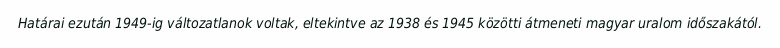
Határai ezután 1949-ig változatlanok voltak, eltekintve az 1938 és 1945 közötti átmeneti magyar uralom időszakától.